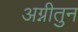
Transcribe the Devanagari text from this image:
अग्नीतुन